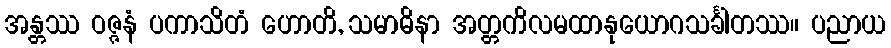
အန္တဿ ဝဇ္ဇနံ ပကာသိတံ ဟောတိ, သမာဓိနာ အတ္တကိလမထာနုယောဂသင်္ခါတဿ။ ပညာယ